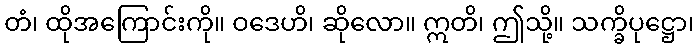
တံ၊ ထိုအကြောင်းကို။ ဝဒေဟိ၊ ဆိုလော။ ဣတိ၊ ဤသို့။ သက္ခိပုဋ္ဌော၊